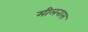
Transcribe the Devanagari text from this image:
मीलनास